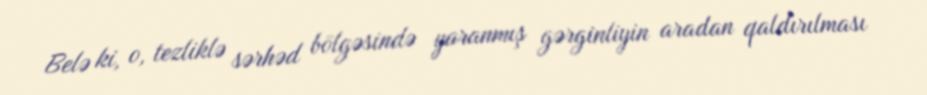
Belə ki, o, tezliklə sərhəd bölgəsində yaranmış gərginliyin aradan qaldırılması